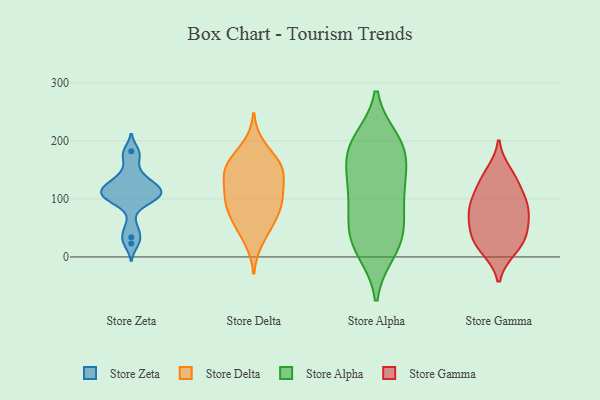
{"axis": {"x": "Budget (USD K)", "y": "Value"}, "legend": ["Store Alpha", "Store Delta", "Store Gamma", "Store Zeta"], "data": [{"x": "", "y": 116, "type": "Store Zeta"}, {"x": "", "y": 34, "type": "Store Zeta"}, {"x": "", "y": 182, "type": "Store Zeta"}, {"x": "", "y": 102, "type": "Store Zeta"}, {"x": "", "y": 90, "type": "Store Zeta"}, {"x": "", "y": 124, "type": "Store Zeta"}, {"x": "", "y": 23, "type": "Store Zeta"}, {"x": "", "y": 149, "type": "Store Zeta"}, {"x": "", "y": 175, "type": "Store Zeta"}, {"x": "", "y": 105, "type": "Store Zeta"}, {"x": "", "y": 101, "type": "Store Zeta"}, {"x": "", "y": 109, "type": "Store Zeta"}, {"x": "", "y": 114, "type": "Store Zeta"}, {"x": "", "y": 51, "type": "Store Zeta"}, {"x": "", "y": 123, "type": "Store Zeta"}, {"x": "", "y": 133, "type": "Store Zeta"}, {"x": "", "y": 144, "type": "Store Delta"}, {"x": "", "y": 72, "type": "Store Delta"}, {"x": "", "y": 113, "type": "Store Delta"}, {"x": "", "y": 62, "type": "Store Delta"}, {"x": "", "y": 28, "type": "Store Delta"}, {"x": "", "y": 52, "type": "Store Delta"}, {"x": "", "y": 151, "type": "Store Delta"}, {"x": "", "y": 99, "type": "Store Delta"}, {"x": "", "y": 146, "type": "Store Delta"}, {"x": "", "y": 101, "type": "Store Delta"}, {"x": "", "y": 191, "type": "Store Delta"}, {"x": "", "y": 104, "type": "Store Delta"}, {"x": "", "y": 148, "type": "Store Delta"}, {"x": "", "y": 156, "type": "Store Delta"}, {"x": "", "y": 170, "type": "Store Delta"}, {"x": "", "y": 86, "type": "Store Delta"}, {"x": "", "y": 174, "type": "Store Alpha"}, {"x": "", "y": 200, "type": "Store Alpha"}, {"x": "", "y": 30, "type": "Store Alpha"}, {"x": "", "y": 122, "type": "Store Alpha"}, {"x": "", "y": 139, "type": "Store Alpha"}, {"x": "", "y": 119, "type": "Store Alpha"}, {"x": "", "y": 188, "type": "Store Alpha"}, {"x": "", "y": 67, "type": "Store Alpha"}, {"x": "", "y": 189, "type": "Store Alpha"}, {"x": "", "y": 39, "type": "Store Alpha"}, {"x": "", "y": 10, "type": "Store Alpha"}, {"x": "", "y": 190, "type": "Store Alpha"}, {"x": "", "y": 105, "type": "Store Alpha"}, {"x": "", "y": 16, "type": "Store Alpha"}, {"x": "", "y": 62, "type": "Store Alpha"}, {"x": "", "y": 48, "type": "Store Gamma"}, {"x": "", "y": 67, "type": "Store Gamma"}, {"x": "", "y": 57, "type": "Store Gamma"}, {"x": "", "y": 95, "type": "Store Gamma"}, {"x": "", "y": 89, "type": "Store Gamma"}, {"x": "", "y": 146, "type": "Store Gamma"}, {"x": "", "y": 133, "type": "Store Gamma"}, {"x": "", "y": 30, "type": "Store Gamma"}, {"x": "", "y": 95, "type": "Store Gamma"}, {"x": "", "y": 14, "type": "Store Gamma"}, {"x": "", "y": 33, "type": "Store Gamma"}, {"x": "", "y": 127, "type": "Store Gamma"}, {"x": "", "y": 12, "type": "Store Gamma"}, {"x": "", "y": 83, "type": "Store Gamma"}]}